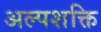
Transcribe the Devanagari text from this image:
अल्‍पशक्ति